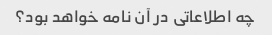
چه اطلاعاتی در آن نامه خواهد بود؟